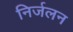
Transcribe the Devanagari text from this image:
निर्जलन